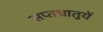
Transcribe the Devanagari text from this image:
सप्‍तधातुयें